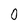
Character: 0